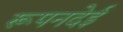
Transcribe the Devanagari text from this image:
रूपनदेई